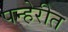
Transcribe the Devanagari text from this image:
पन्हेरीत